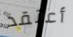
أعتقد